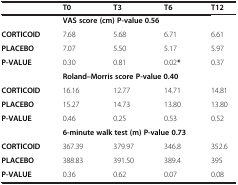
<table><thead><tr><td><b> </b></td><td><b>T0</b></td><td><b>T3</b></td><td><b>T6</b></td><td><b>T12</b></td></tr></thead><tbody><tr><td> </td><td colspan="4"><b>VAS score (cm) P-value 0.56</b></td></tr><tr><td><b>CORTICOID</b></td><td>7.68</td><td>5.68</td><td>6.71</td><td>6.61</td></tr><tr><td><b>PLACEBO</b></td><td>7.07</td><td>5.50</td><td>5.17</td><td>5.97</td></tr><tr><td><b>P-VALUE</b></td><td>0.30</td><td>0.81</td><td>0.02<b>*</b></td><td>0.37</td></tr><tr><td> </td><td colspan="4"><b>Roland–Morris score P-value 0.40</b></td></tr><tr><td><b>CORTICOID</b></td><td>16.16</td><td>12.77</td><td>14.71</td><td>14.81</td></tr><tr><td><b>PLACEBO</b></td><td>15.27</td><td>14.73</td><td>13.80</td><td>13.80</td></tr><tr><td><b>P-VALUE</b></td><td>0.46</td><td>0.25</td><td>0.53</td><td>0.52</td></tr><tr><td> </td><td colspan="4"><b>6-minute walk test (m) P-value 0.73</b></td></tr><tr><td><b>CORTICOID</b></td><td>367.39</td><td>379.97</td><td>346.8</td><td>352.6</td></tr><tr><td><b>PLACEBO</b></td><td>388.83</td><td>391.50</td><td>389.4</td><td>395</td></tr><tr><td><b>P-VALUE</b></td><td>0.36</td><td>0.62</td><td>0.07</td><td>0.08</td></tr></tbody></table>